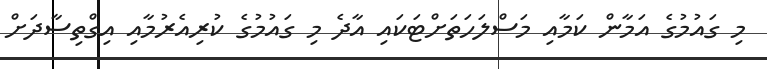
މި ގައުމުގެ އަމާން ކަމާއި މަސްލަހަތަށްޓަކައި އާދެ މި ގައުމުގެ ކުރިއެރުމާއި އިގްތިސާދަށް